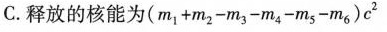
C.释放的核能为$$( m _ { 1 } + m _ { 2 } - m _ { 3 } - m _ { 4 } - m _ { 5 } - m _ { 6 } ) c ^ { 2 }$$